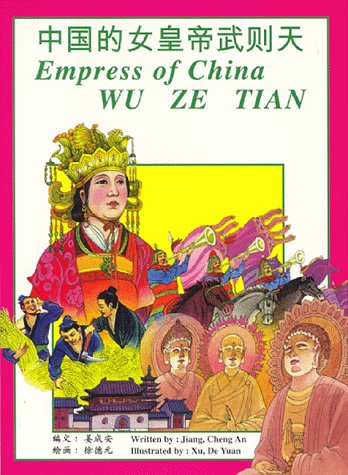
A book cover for Empress of China, Wu Ze Tian: Written by Jiang Cheng an ; Illustrated by Xu De Yuan; De Yuan Xu Cheng An Chiang; Children's Books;